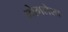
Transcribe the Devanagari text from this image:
भोगलेला